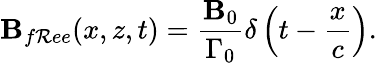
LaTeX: \mathbf{B}_{f\mathcal{R}ee}(x,z,t)=\frac{{\mathbf{B}_{0}}}{{\Gamma_{0}}}\delta\left(t-\frac{{x}}{{c}}\right).